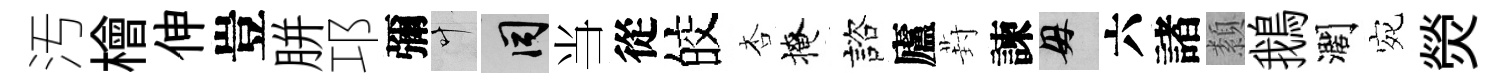
汚檜伸豈胼邛彌叶间当從皎杏掩諮廬葑諫母六諸纇鵝濶宛熒